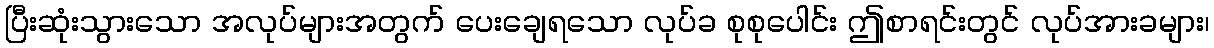
ပြီးဆုံးသွားသော အလုပ်များအတွက် ပေးချေရသော လုပ်ခ စုစုပေါင်း ဤစာရင်းတွင် လုပ်အားခများ၊